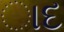
ાદ